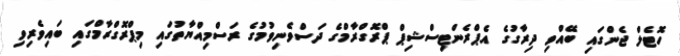
ހޮޓެލް ޖެންގައި ބޭއްވި ދިރާގުގެ އެޕްރެންޓިސްޝިޕް ޕްރޮގްރާމްގެ ދަސްވެނިވުމުގެ ރަސްމިއްޔާތުގައި މިޕްރޮގްރާމްގައި ބައިވެރިވި